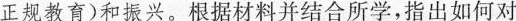
正规教育)和振兴。根据材料并结合所学，指出如何对